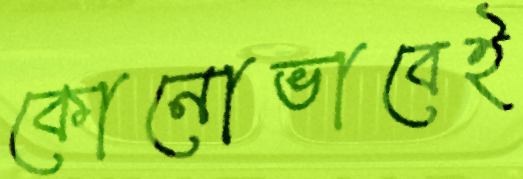
কোনোভাবেই